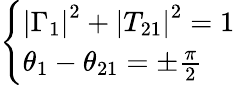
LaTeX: \left\{ \begin{array}{l}{\left|\Gamma_{1}\right|^{2}+\left|T_{21}\right|^{2}=1}\\ {\theta_{1}-\theta_{21}=\pm\frac{\pi}{2}}\end{array}\right.